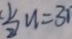
u = 3 1